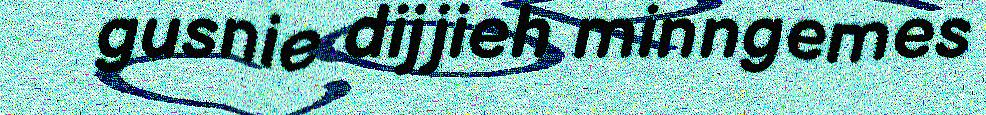
gusnie dijjieh minngemes